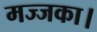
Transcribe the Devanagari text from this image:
मज्जका।